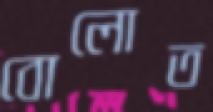
বোলোত